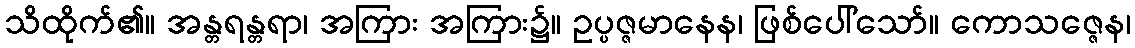
သိထိုက်၏။ အန္တရန္တရာ၊ အကြား အကြား၌။ ဥပ္ပဇ္ဇမာနေန၊ ဖြစ်ပေါ်သော်။ ကောသဇ္ဇေန၊